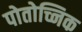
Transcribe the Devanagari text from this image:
पोतोच्निक